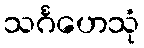
သင်္ဂဟေသုံ